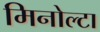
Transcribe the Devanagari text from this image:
मिनोल्टा